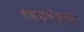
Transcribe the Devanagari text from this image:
ज़िम्मेदारी